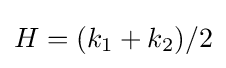
H=(k_{1}+k_{2})/2